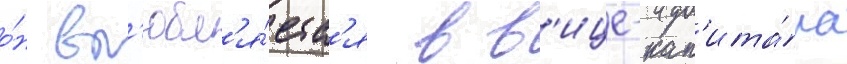
о́н вл'юбл'я́етс'я в в'ице-кап'ита́на